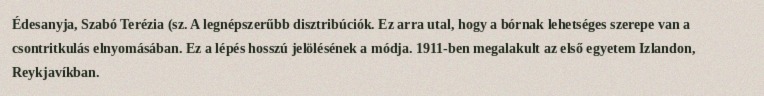
Édesanyja, Szabó Terézia (sz. A legnépszerűbb disztribúciók. Ez arra utal, hogy a bórnak lehetséges szerepe van a csontritkulás elnyomásában. Ez a lépés hosszú jelölésének a módja. 1911-ben megalakult az első egyetem Izlandon, Reykjavíkban.